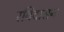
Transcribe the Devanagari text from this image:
रविदासन